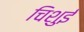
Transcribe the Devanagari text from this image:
चिशुई